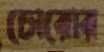
চোরোর